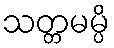
သတ္တမမ္ပိ